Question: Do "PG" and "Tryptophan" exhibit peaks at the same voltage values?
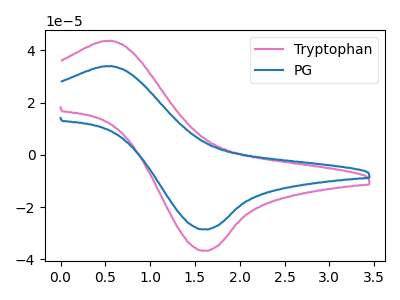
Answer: <think>The pink curve "Tryptophan" has an anodic peak at (0.55V, 43.75uA) and a cathodic peak at (1.60V, -36.80uA). The blue curve "PG" has an anodic peak at (0.55V, 34.00uA) and a cathodic peak at (1.60V, -28.60uA).</think>
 <answer>Yes, "PG" have a peak in "Tryptophan" at the same potential.</answer>
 <eval>match</eval>